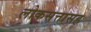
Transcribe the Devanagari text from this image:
लोकसत्तासह